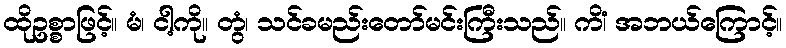
ထိုဥစ္စာဖြင့်။ မံ၊ ငါ့ကို။ တွံ၊ သင်ခမည်းတော်မင်းကြီးသည်။ ကိံ၊ အဘယ်ကြောင့်။